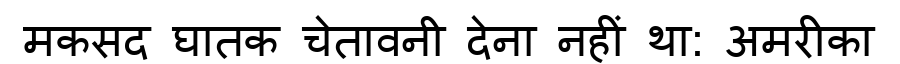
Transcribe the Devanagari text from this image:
मकसद घातक चेतावनी देना नहीं था: अमरीका